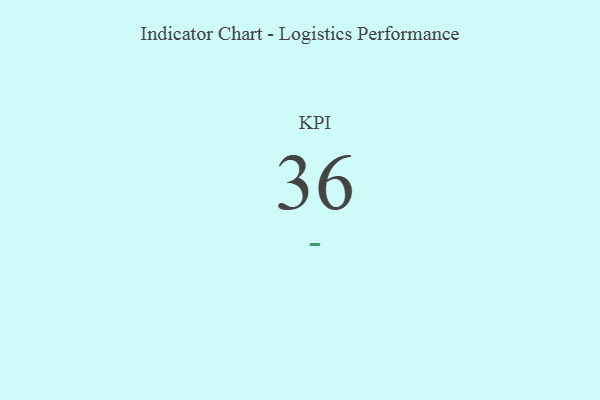
{"axis": {"x": "KPI", "y": "Value"}, "legend": [""], "data": [{"x": "KPI", "y": 36, "type": ""}]}